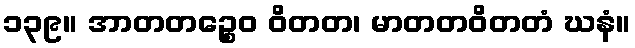
၁၃၉။ အာတတဉ္စေဝ ဝိတတ၊ မာတတဝိတတံ ဃနံ။